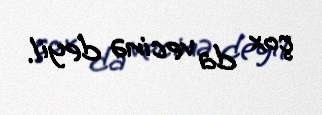
çox da vecinə deyil.